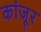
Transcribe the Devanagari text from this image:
कांजूर